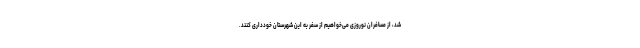
شد، از مسافران نوروزی می‌خواهیم از سفر به این شهرستان خودداری کنند.